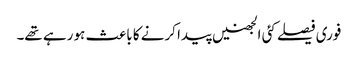
فوری فیصلے کئی الجھنیں پیدا کرنے کا باعث ہو رہے تھے۔